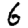
Digit: 6